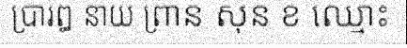
ប្រារឰ នាយ ព្រាន សុន ខ ឈ្មោះ